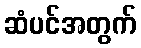
ဆံပင်အတွက်